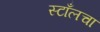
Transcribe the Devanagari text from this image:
स्टाँलचा